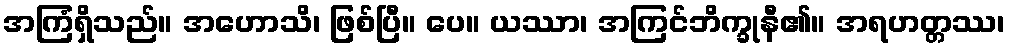
အကြံရှိသည်။ အဟောသိ၊ ဖြစ်ပြီ။ ပေ။ ယဿာ၊ အကြင်ဘိက္ခုနီ၏။ အရဟတ္တဿ၊